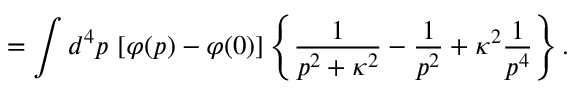
= \int d ^ { 4 } p \, \left[ \varphi ( p ) - \varphi ( 0 ) \right] \left\{ { \frac { 1 } { p ^ { 2 } + \kappa ^ { 2 } } } - { \frac { 1 } { p ^ { 2 } } } + \kappa ^ { 2 } { \frac { 1 } { p ^ { 4 } } } \right\} .